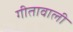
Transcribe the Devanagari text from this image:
गीतावाली